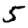
Digit: 5